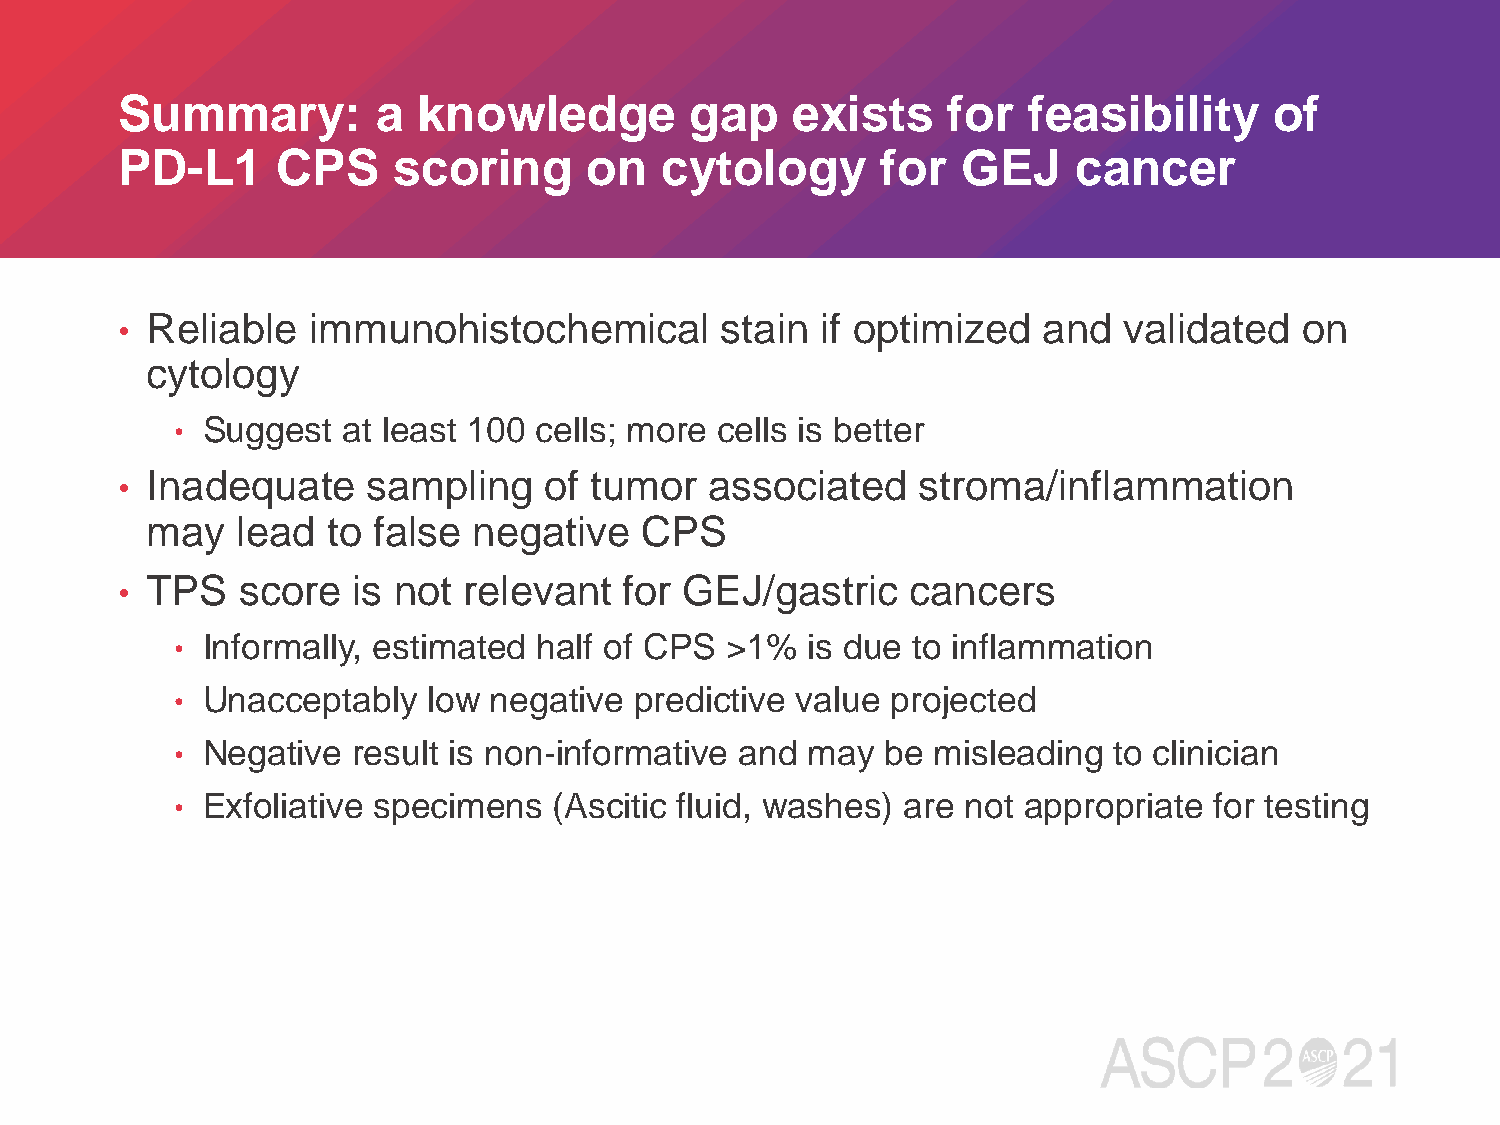
Summary:         a  knowledge         gap   exists     for  feasibility     of
 PD-L1     CPS     scoring      on   cytology      for   GEJ    cancer
 Reliable  immunohistochemical         stain if optimized   and  validated   on
 •
 cytology
 • Suggest  at least 100 cells; more cells is better
 Inadequate    sampling    of tumor   associated    stroma/inflammation
 •
 may   lead  to false negative   CPS
 TPS   score  is not  relevant  for GEJ/gastric    cancers
 •
 • Informally, estimated half of CPS >1%   is due to inflammation
 • Unacceptably  low negative  predictive value projected
 • Negative result is non-informative and  may  be misleading  to clinician
 • Exfoliative specimens  (Ascitic fluid, washes) are not appropriate for testing